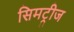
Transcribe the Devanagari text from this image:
सिमट्रीज